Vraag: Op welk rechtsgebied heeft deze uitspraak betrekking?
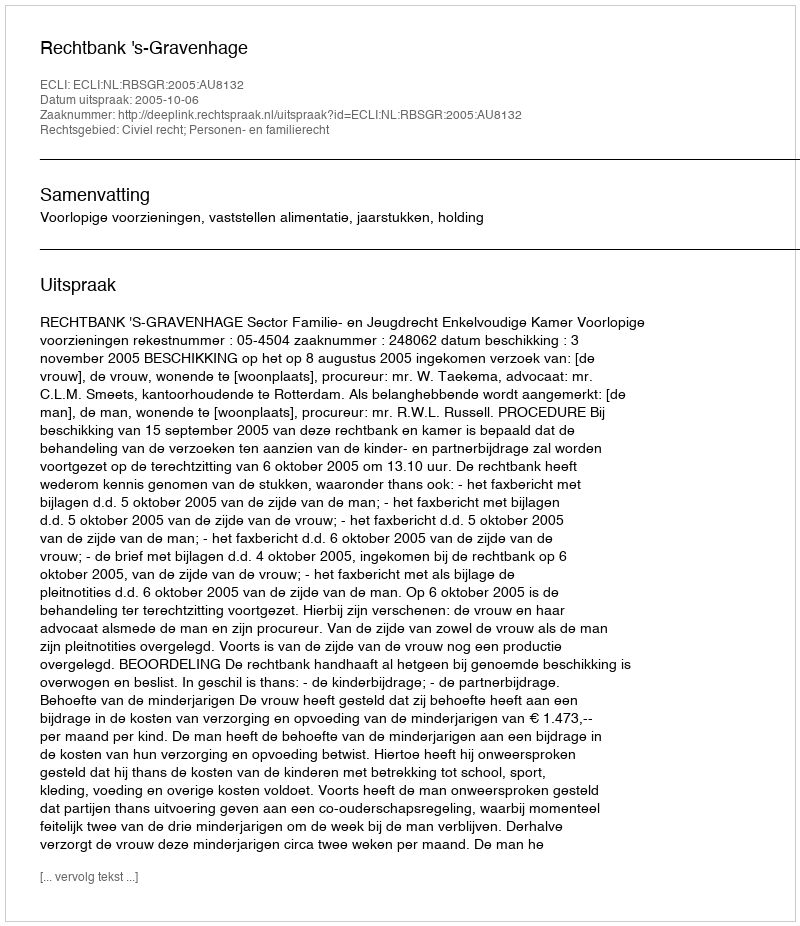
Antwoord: Civiel recht; Personen- en familierecht